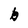
Character: b